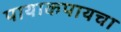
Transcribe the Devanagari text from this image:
पायाकपायचा